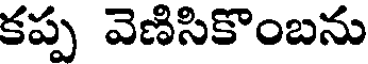
కప్ప వెణిసికొంబను